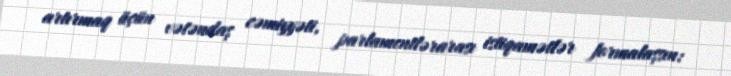
artırmaq üçün vətəndaş cəmiyyəti, parlamentlərarası istiqamətlər formalaşsın: